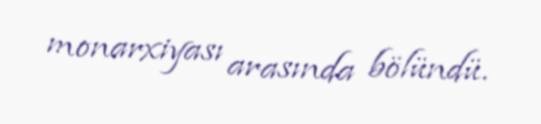
monarxiyası arasında bölündü.